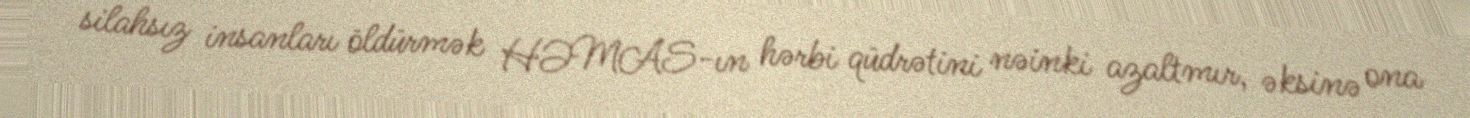
silahsız insanları öldürmək HƏMAS-ın hərbi qüdrətini nəinki azaltmır, əksinə ona